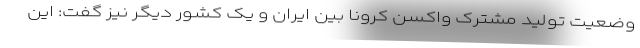
وضعیت تولید مشترک واکسن کرونا بین ایران و یک کشور دیگر نیز گفت: این